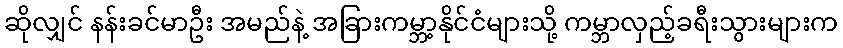
ဆိုလျှင် နန်းခင်မာဦး အမည်နဲ့ အခြားကမ္ဘာ့နိုင်ငံများသို့ ကမ္ဘာလှည့်ခရီးသွားများက